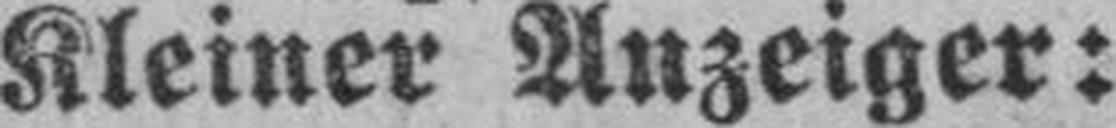
Kleiner Anzeiger: